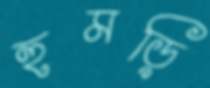
হুমড়ি